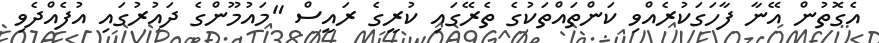
އެގޮތުން އޭނާ ފާހަގަކުރެއްވި ކަންތައްތަކުގެ ތެރޭގައި ކުރީގެ ރައީސް "މައުމޫންގެ ދައުރުގައި އުފެއްދެވި